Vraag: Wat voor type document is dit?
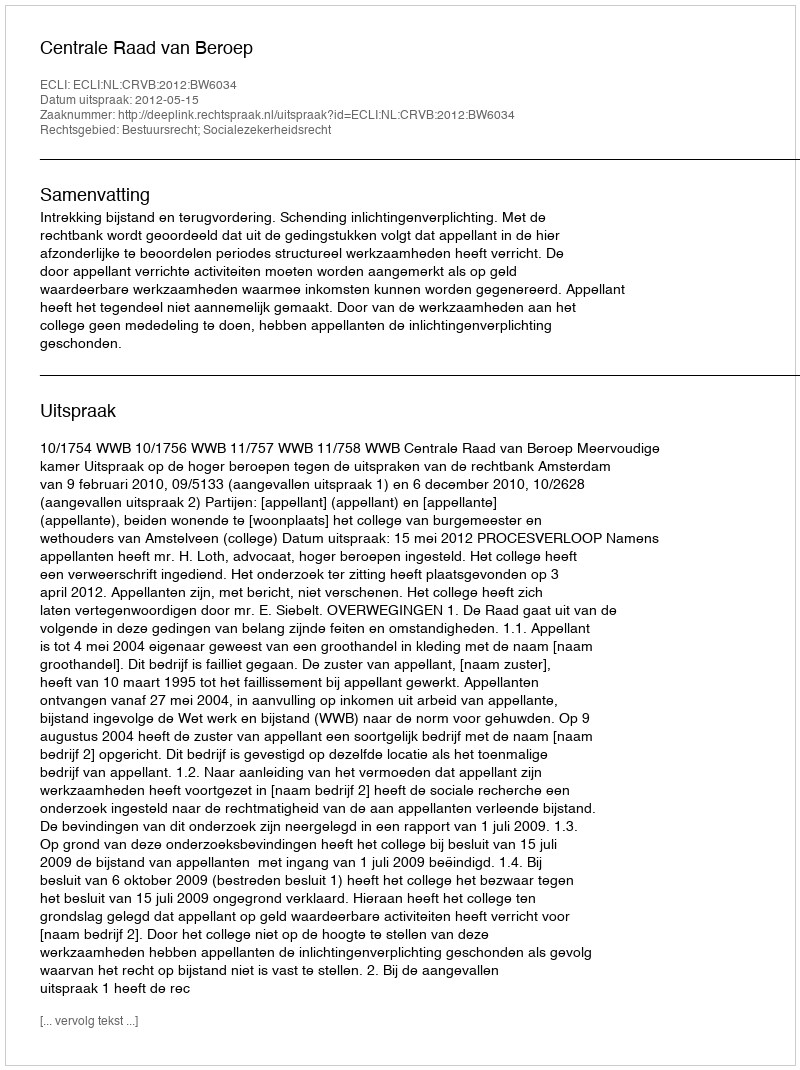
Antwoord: Uitspraak